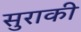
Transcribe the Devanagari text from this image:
सुराकी